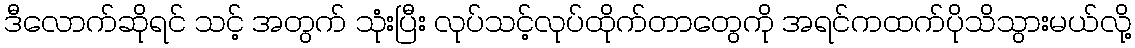
ဒီလောက်ဆိုရင် သင့် အတွက် သုံးပြီး လုပ်သင့်လုပ်ထိုက်တာတွေကို အရင်ကထက်ပိုသိသွားမယ်လို့